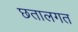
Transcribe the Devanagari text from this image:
छतालगत